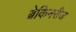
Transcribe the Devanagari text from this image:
ब्रेकिनरीज